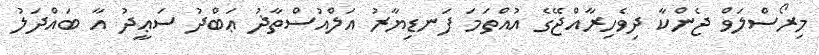
މިރޯސްލަވް ޖެންކާ ދިވެހިރާއްޖޭގެ އުއްތަމަ ފަނޑިޔާރު އަލްއުސްތާޛު ޢަބްދު ސަޢީދު އާ ބައްދަލު